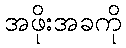
အဖိုးအခကို